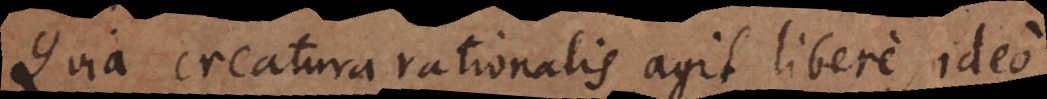
Quia creatura rationalis agit libere, ideo